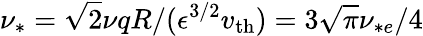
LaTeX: \nu_{\ast}=\sqrt{2}\nu qR/(\epsilon^{3/2}v_{\mathrm{th}})=3\sqrt{\pi}\nu_{*e}/4